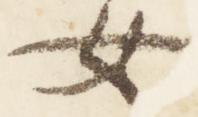
女